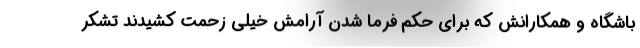
باشگاه و‌ همکارانش که برای حکم فرما شدن آرامش خیلی زحمت کشیدند تشکر